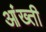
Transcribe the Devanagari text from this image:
आंख्ती